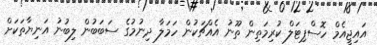
އައިޖީއެމް ހޮސްޕިޓަލް ކުރިމަތިން ތޫނު އެއްޗަކުން ހަމަލާ ދިނުމުގެ ސަބަބުން ލިބުނު އަނިޔާތަކަށް